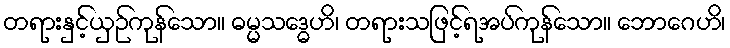
တရားနှင့်ယှဉ်ကုန်သော။ ဓမ္မသဒ္ဓေဟိ၊ တရားသဖြင့်ရအပ်ကုန်သော။ ဘောဂေဟိ၊